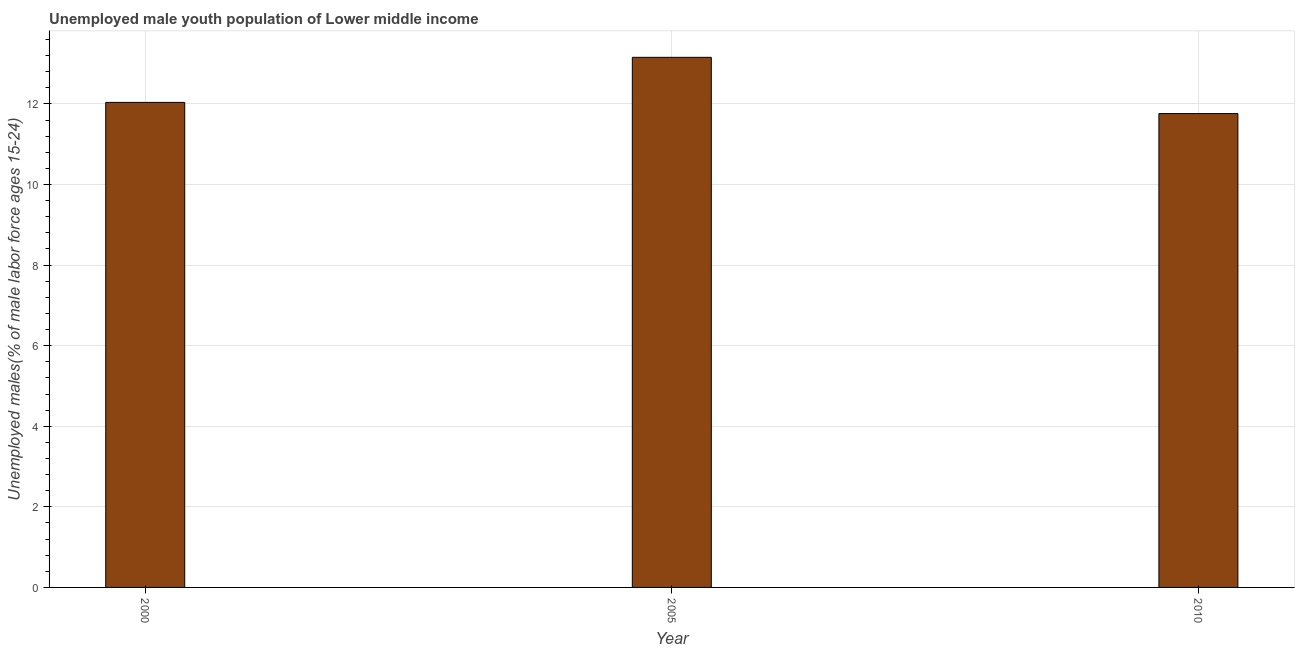
| Year | Unemployment youth male |
 | --- | --- |
 | 2000 | 12 |
 | 2005 | 13.2 |
 | 2010 | 11.8 |